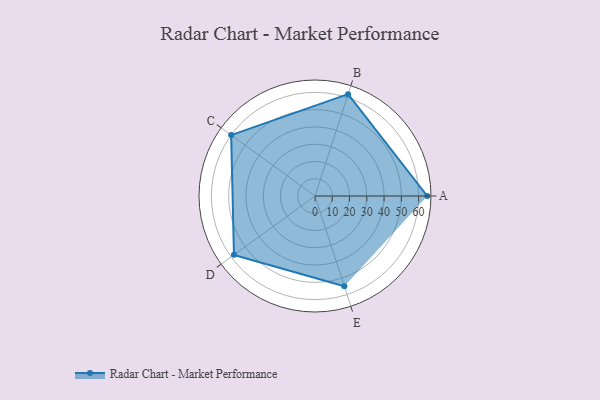
{"axis": {"x": "Skill", "y": "Score"}, "legend": ["Profile"], "data": [{"x": "A", "y": 65.0, "type": "Profile"}, {"x": "B", "y": 62.0, "type": "Profile"}, {"x": "C", "y": 60.0, "type": "Profile"}, {"x": "D", "y": 58.0, "type": "Profile"}, {"x": "E", "y": 55.0, "type": "Profile"}]}